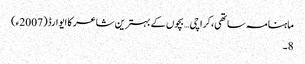
ماہنامہ ساتھی،کراچی… بچوں کے بہترین شاعر کا ایوارڈ(2007ء)
8۔